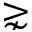
\gnsim